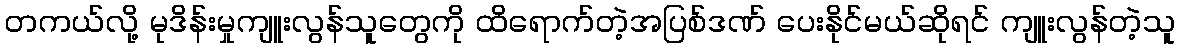
တကယ်လို့ မုဒိန်းမှုကျူးလွန်သူတွေကို ထိရောက်တဲ့အပြစ်ဒဏ် ပေးနိုင်မယ်ဆိုရင် ကျူးလွန်တဲ့သူ